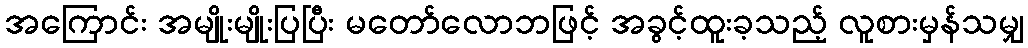
အကြောင်း အမျိုးမျိုးပြပြီး မတော်လောဘဖြင့် အခွင့်ထူးခ့သည့် လူစားမှန်သမျှ